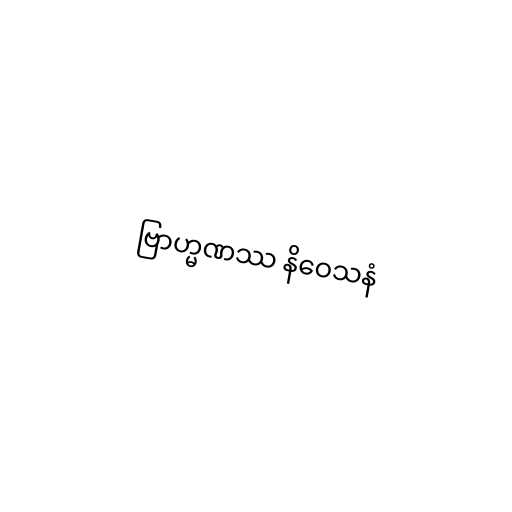
ဗြာဟ္မဏဿ နိဝေသနံ